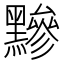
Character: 黲